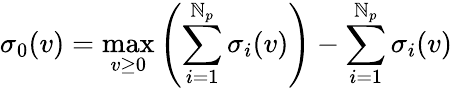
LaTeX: \sigma_{0}(v)=\operatorname*{max}_{v\geq0}\left(\sum_{i=1}^{\mathbb{N}_{p}}\sigma_{i}(v)\right)-\sum_{i=1}^{\mathbb{N}_{p}}\sigma_{i}(v)